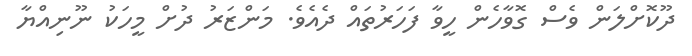
ދޫކޮށްލަން ވެސް ގޮވާހެން ހީވާ ފަހަރުތައް ދެއެވެ. މަންޒަރު ދުށް މީހަކު ނޫނިއްޔާ